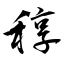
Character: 稕